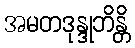
အမတဒုန္ဒုဘိန္တိ